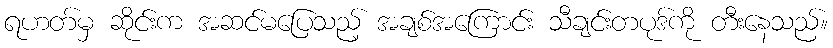
ရဟတ်မှ ဆိုင်းက အဆင်မပြေသည့် အချစ်အကြောင်း သီချင်းတပုဒ်ကို တီးနေသည်။